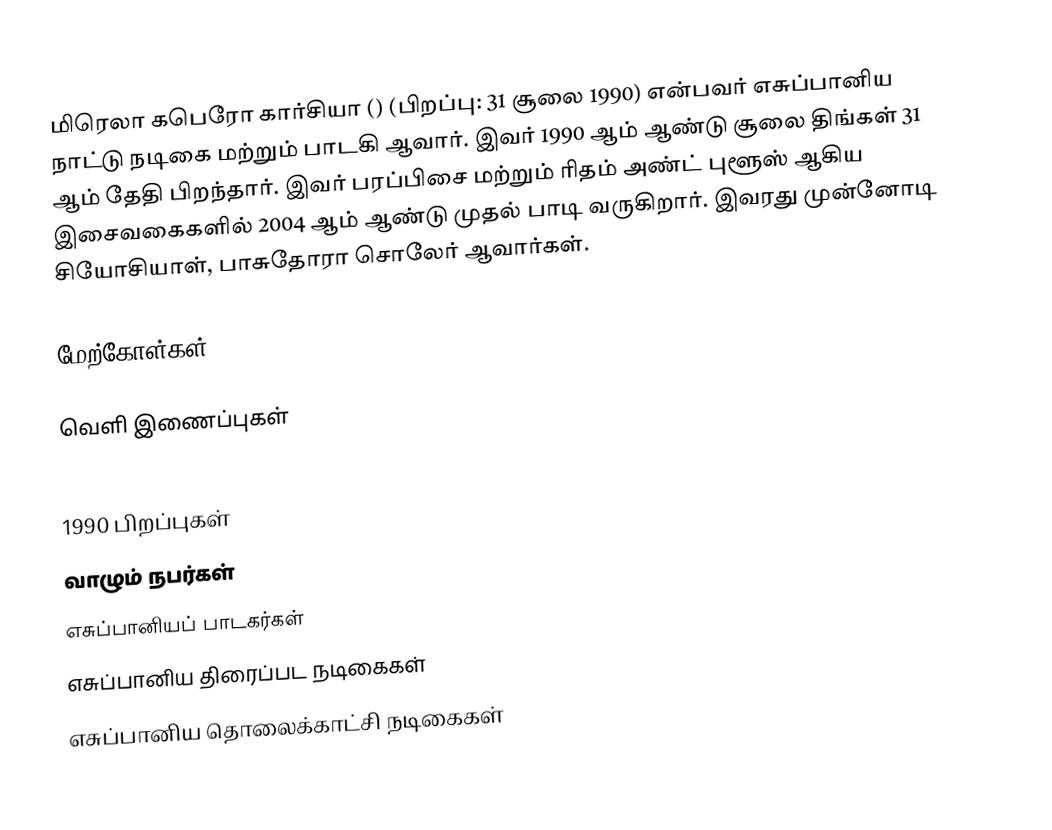
மிரெலா கபெரோ கார்சியா () (பிறப்பு: 31 சூலை 1990) என்பவர் எசுப்பானிய நாட்டு நடிகை மற்றும் பாடகி ஆவார். இவர் 1990 ஆம் ஆண்டு சூலை திங்கள் 31 ஆம் தேதி பிறந்தார். இவர் பரப்பிசை மற்றும் ரிதம் அண்ட் புளூஸ் ஆகிய இசைவகைகளில் 2004 ஆம் ஆண்டு முதல் பாடி வருகிறார். இவரது முன்னோடி சியோசியாள், பாசுதோரா சொலேர் ஆவார்கள்.

மேற்கோள்கள்

வெளி இணைப்புகள்

1990 பிறப்புகள்
வாழும் நபர்கள்
எசுப்பானியப் பாடகர்கள்
எசுப்பானிய திரைப்பட நடிகைகள்
எசுப்பானிய தொலைக்காட்சி நடிகைகள்